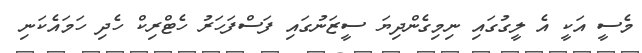
މެސީ އަކީ އެ ލީގުގައި ނިމިގެންދިޔަ ސީޒަނުގައި ފަސްފަހަރު ހެޓްރިކް ހެދި ހަމައެކަނި